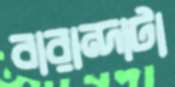
বারান্দাটা